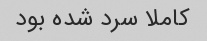
کاملا سرد شده بود